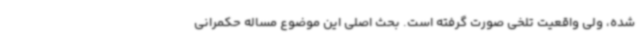
شده، ولی واقعیت تلخی صورت گرفته است. بحث اصلی این موضوع مساله حکمرانی